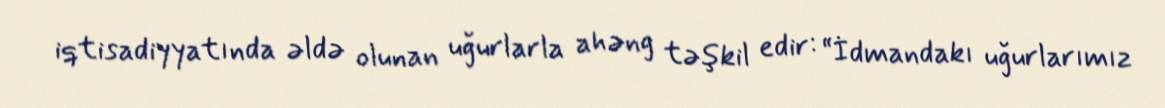
iqtisadiyyatında əldə olunan uğurlarla ahəng təşkil edir: “İdmandakı uğurlarımız